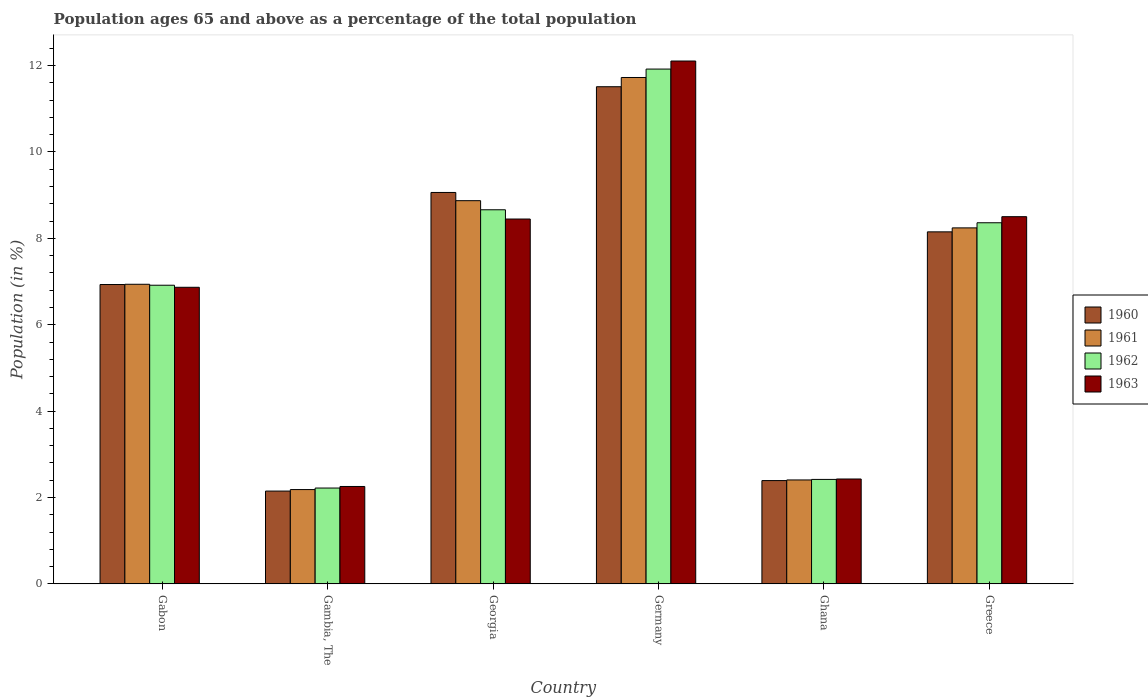
| Country | 1960 | 1961 | 1962 | 1963 |
 | --- | --- | --- | --- | --- |
 | Gabon | 6.93 | 6.94 | 6.91 | 6.87 |
 | Gambia, The | 2.15 | 2.18 | 2.22 | 2.25 |
 | Georgia | 9.06 | 8.87 | 8.66 | 8.45 |
 | Germany | 11.5 | 11.7 | 11.9 | 12.1 |
 | Ghana | 2.39 | 2.41 | 2.42 | 2.43 |
 | Greece | 8.15 | 8.24 | 8.36 | 8.5 |